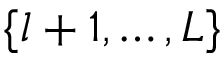
\{ l + 1 , \ldots , L \}